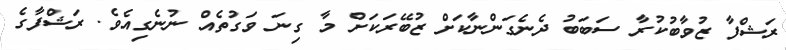
ރަޝްފާ ޒުވާބުކުރާ ސަބަބު ދެނެގަންނާކަށް ޒުބޭރަކަށް މާ ގިނަ ވަގުތެއް ނުނެގިއެވެ. ރަޝްފާގެ